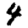
Digit: 4